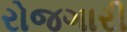
રોજગારી